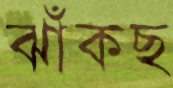
ঝাঁকছ